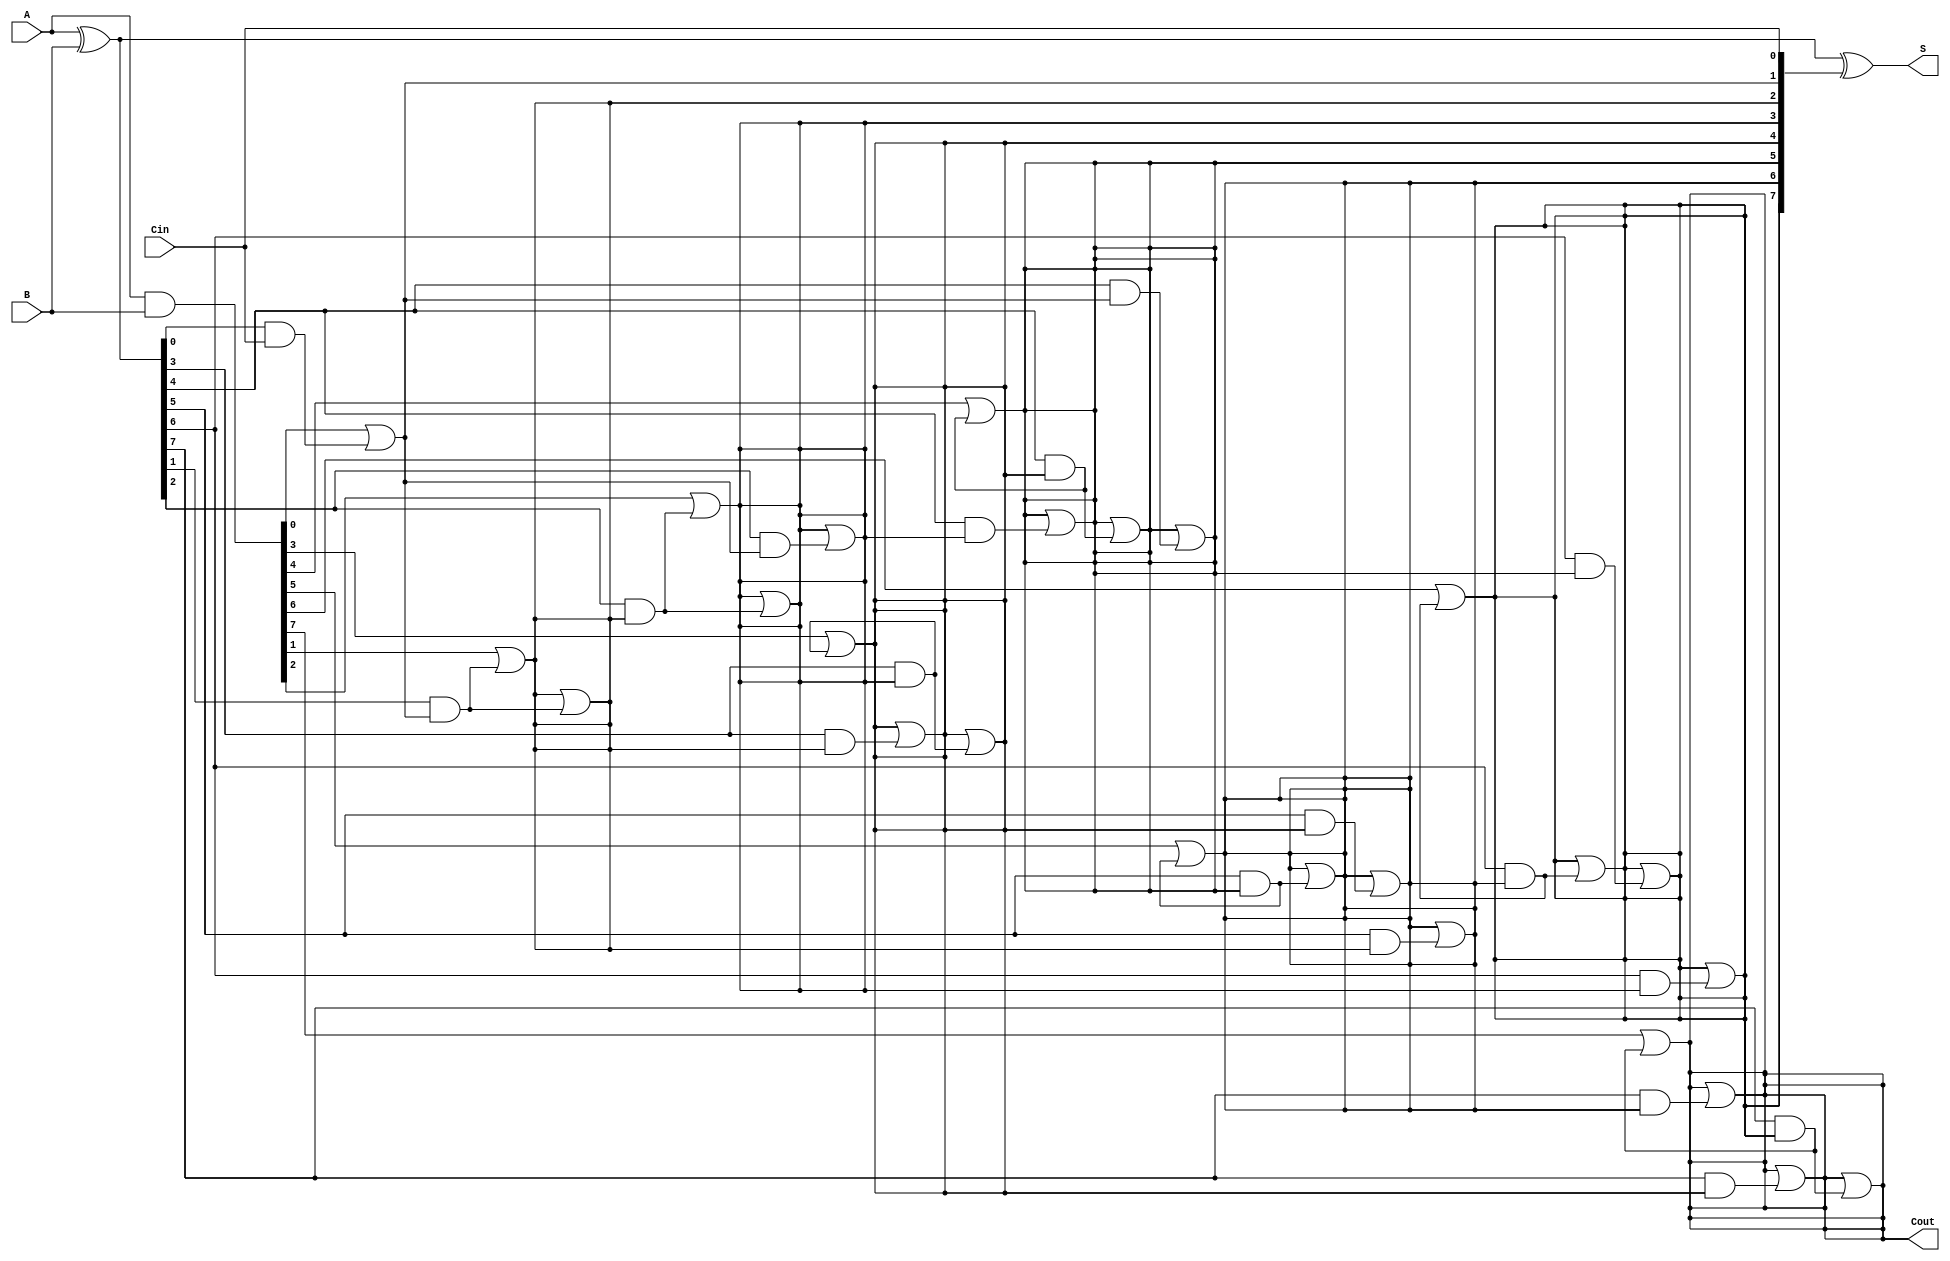
module brent_kung_adder #(parameter N = 8) (
    input  [N-1:0] A,      // First n-bit input
    input  [N-1:0] B,      // Second n-bit input
    input         Cin,      // Carry-in
    output [N-1:0] S,      // n-bit sum output
    output        Cout      // Carry-out
);

    // Generate and propagate signals
    wire [N-1:0] G; // Generate
    wire [N-1:0] P; // Propagate
    wire [N:0] C;   // Carry signals

    // Generate and propagate calculations
    assign G = A & B;          // Generate
    assign P = A ^ B;          // Propagate
    assign C[0] = Cin;         // Carry-in for the least significant bit

    // Carry generation using Brent-Kung structure
    genvar i, j;
    generate
        // First level of carry generation
        for (i = 0; i < N; i = i + 1) begin: carry_gen
            if (i == 0) begin
                assign C[i + 1] = G[i] | (P[i] & C[i]);
            end else begin
                assign C[i + 1] = G[i] | (P[i] & C[i]);
            end
        end

        // Higher levels of carry generation
        for (j = 1; j < N; j = j * 2) begin: carry_tree
            for (i = 0; i < N; i = i + 1) begin: carry_level
                if (i >= j) begin
                    assign C[i + 1] = C[i + 1] | (P[i] & C[i - j + 1]);
                end
            end
        end
    endgenerate

    // Sum computation
    assign S = P ^ C[N-1:0]; // Sum bits
    assign Cout = C[N];      // Final carry-out

endmodule